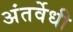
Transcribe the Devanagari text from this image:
अंतर्वेधी